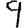
Digit: 9